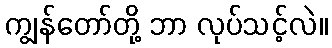
ကျွန်တော်တို့ ဘာ လုပ်သင့်လဲ။